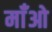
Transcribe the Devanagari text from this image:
माँओ